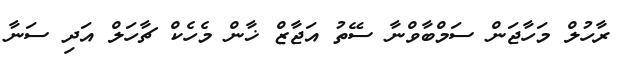
ރާހުލް މަހާޖަން ސަމްބާވްނާ ސޭތު އަޖާޒް ޚާން މެހެކް ޗާހަލް އަދި ސަނާ